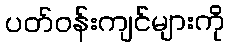
ပတ်ဝန်းကျင်များကို